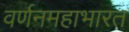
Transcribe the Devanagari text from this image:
वर्णनमहाभारत